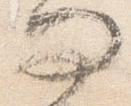
問